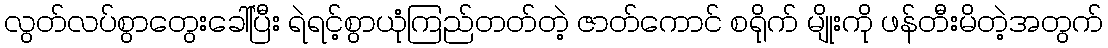
လွတ်လပ်စွာတွေးခေါ်ပြီး ရဲရင့်စွာယုံကြည်တတ်တဲ့ ဇာတ်ကောင် စရိုက် မျိုးကို ဖန်တီးမိတဲ့အတွက်